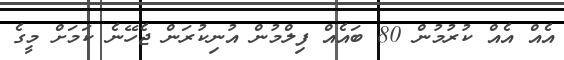
އެއް އެއް ކުރުމުން 80 ބައެއް ފިލްމުން އުނިކުރަން ޖެހޭނެ ކަމަށް މީގެ